Report on the Nagpur School of Medicine, Central Provinces
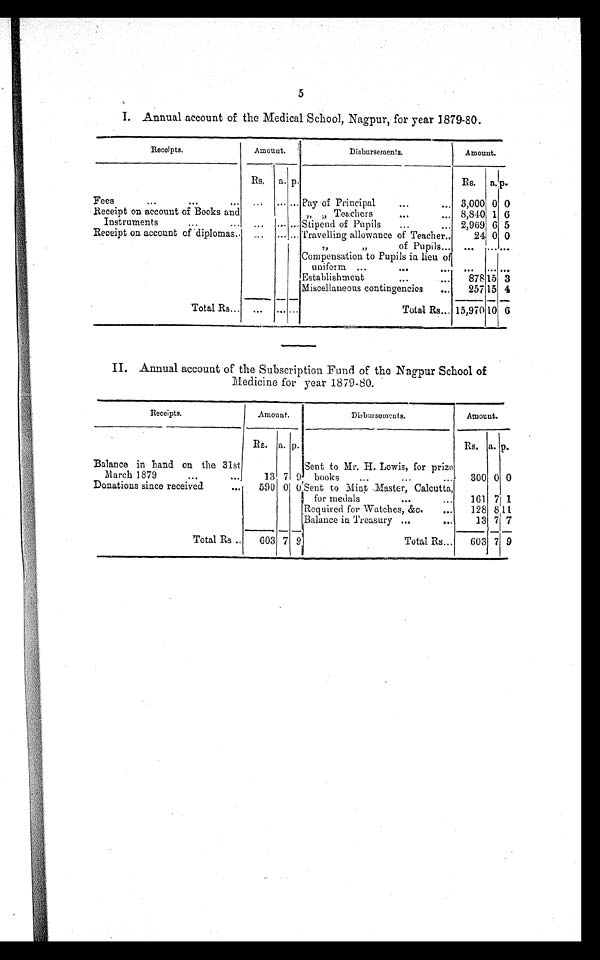
5
I. Annual account of the Medical School, Nagpur, for year 1879-80.
Receipts.
Amount.
Disbursements.
Amount.
Rs.
a . p .
Rs.
a. p .
Fees
...
...
...
...
... ... Pay of Principal
...
...
3,000 0 0
Receipt on account of Books an
d
Instruments
...
...
. . .
. . . . . .
" " Teachers
...
... 8,840 1 6
Stipend of Pupils
...
... 2,969 6 5
Receipt on account of diplomas..
...
... ... Travelling allowance of Teacher..
24 0 0
"
"
of Pupils...
...
. . . . . .
Compensation to Pupils in lieu of
uniform ...
...
. . .
. . . . . .
Establishment
...
....
878 15 3
Miscellaneous contingencies
...
257 15 4
Total Rs..
. . .
. . . . . .
Total Rs... 15,970 10 6
II.
Annual account of the Subscription Fund of the Nagpur School of
Medicine for year 1879-80.
Receipts.
Amount.
Disbursements.
Amount.
Rs.
a.
p .
Rs. a. p.
Balance in hand on the 31st
March 1879
...
...
13 7 9
Sent to Mr. H. Lewis, for prize
books
...
...
...
300 0 0
Donations since received
...
590 0
0
S e n t t o M i n t M a s t e r , C a l c u t t a , f o r m e d a l s . . . . . .
161 7 1
Required for Watches, &c.
...
128
8 1 1
Balance in Treasury ...
...
13 7 7
Total Rs ..
603 7 9
Total Rs...
603 7 9